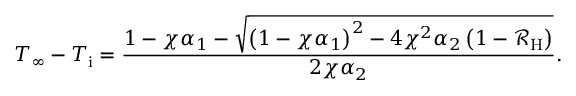
T _ { \infty } - T _ { \mathrm { i } } = \frac { 1 - \chi \alpha _ { 1 } - \sqrt { \left( 1 - \chi \alpha _ { 1 } \right) ^ { 2 } - 4 \chi ^ { 2 } \alpha _ { 2 } \left( 1 - \mathcal { R } _ { \mathrm { H } } \right) } } { 2 \chi \alpha _ { 2 } } .